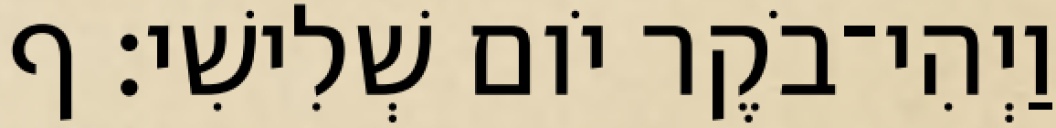
וַיְהִי־בֹקֶר יֹום שְׁלִישִׁי׃ ף